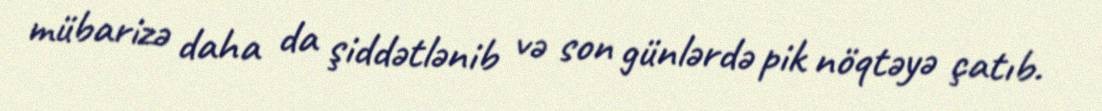
mübarizə daha da şiddətlənib və son günlərdə pik nöqtəyə çatıb.